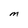
Character: M